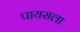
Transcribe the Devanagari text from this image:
पायसला